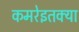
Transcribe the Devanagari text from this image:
कमरेइतक्या